Trukikaitis_Postimees, lk 64
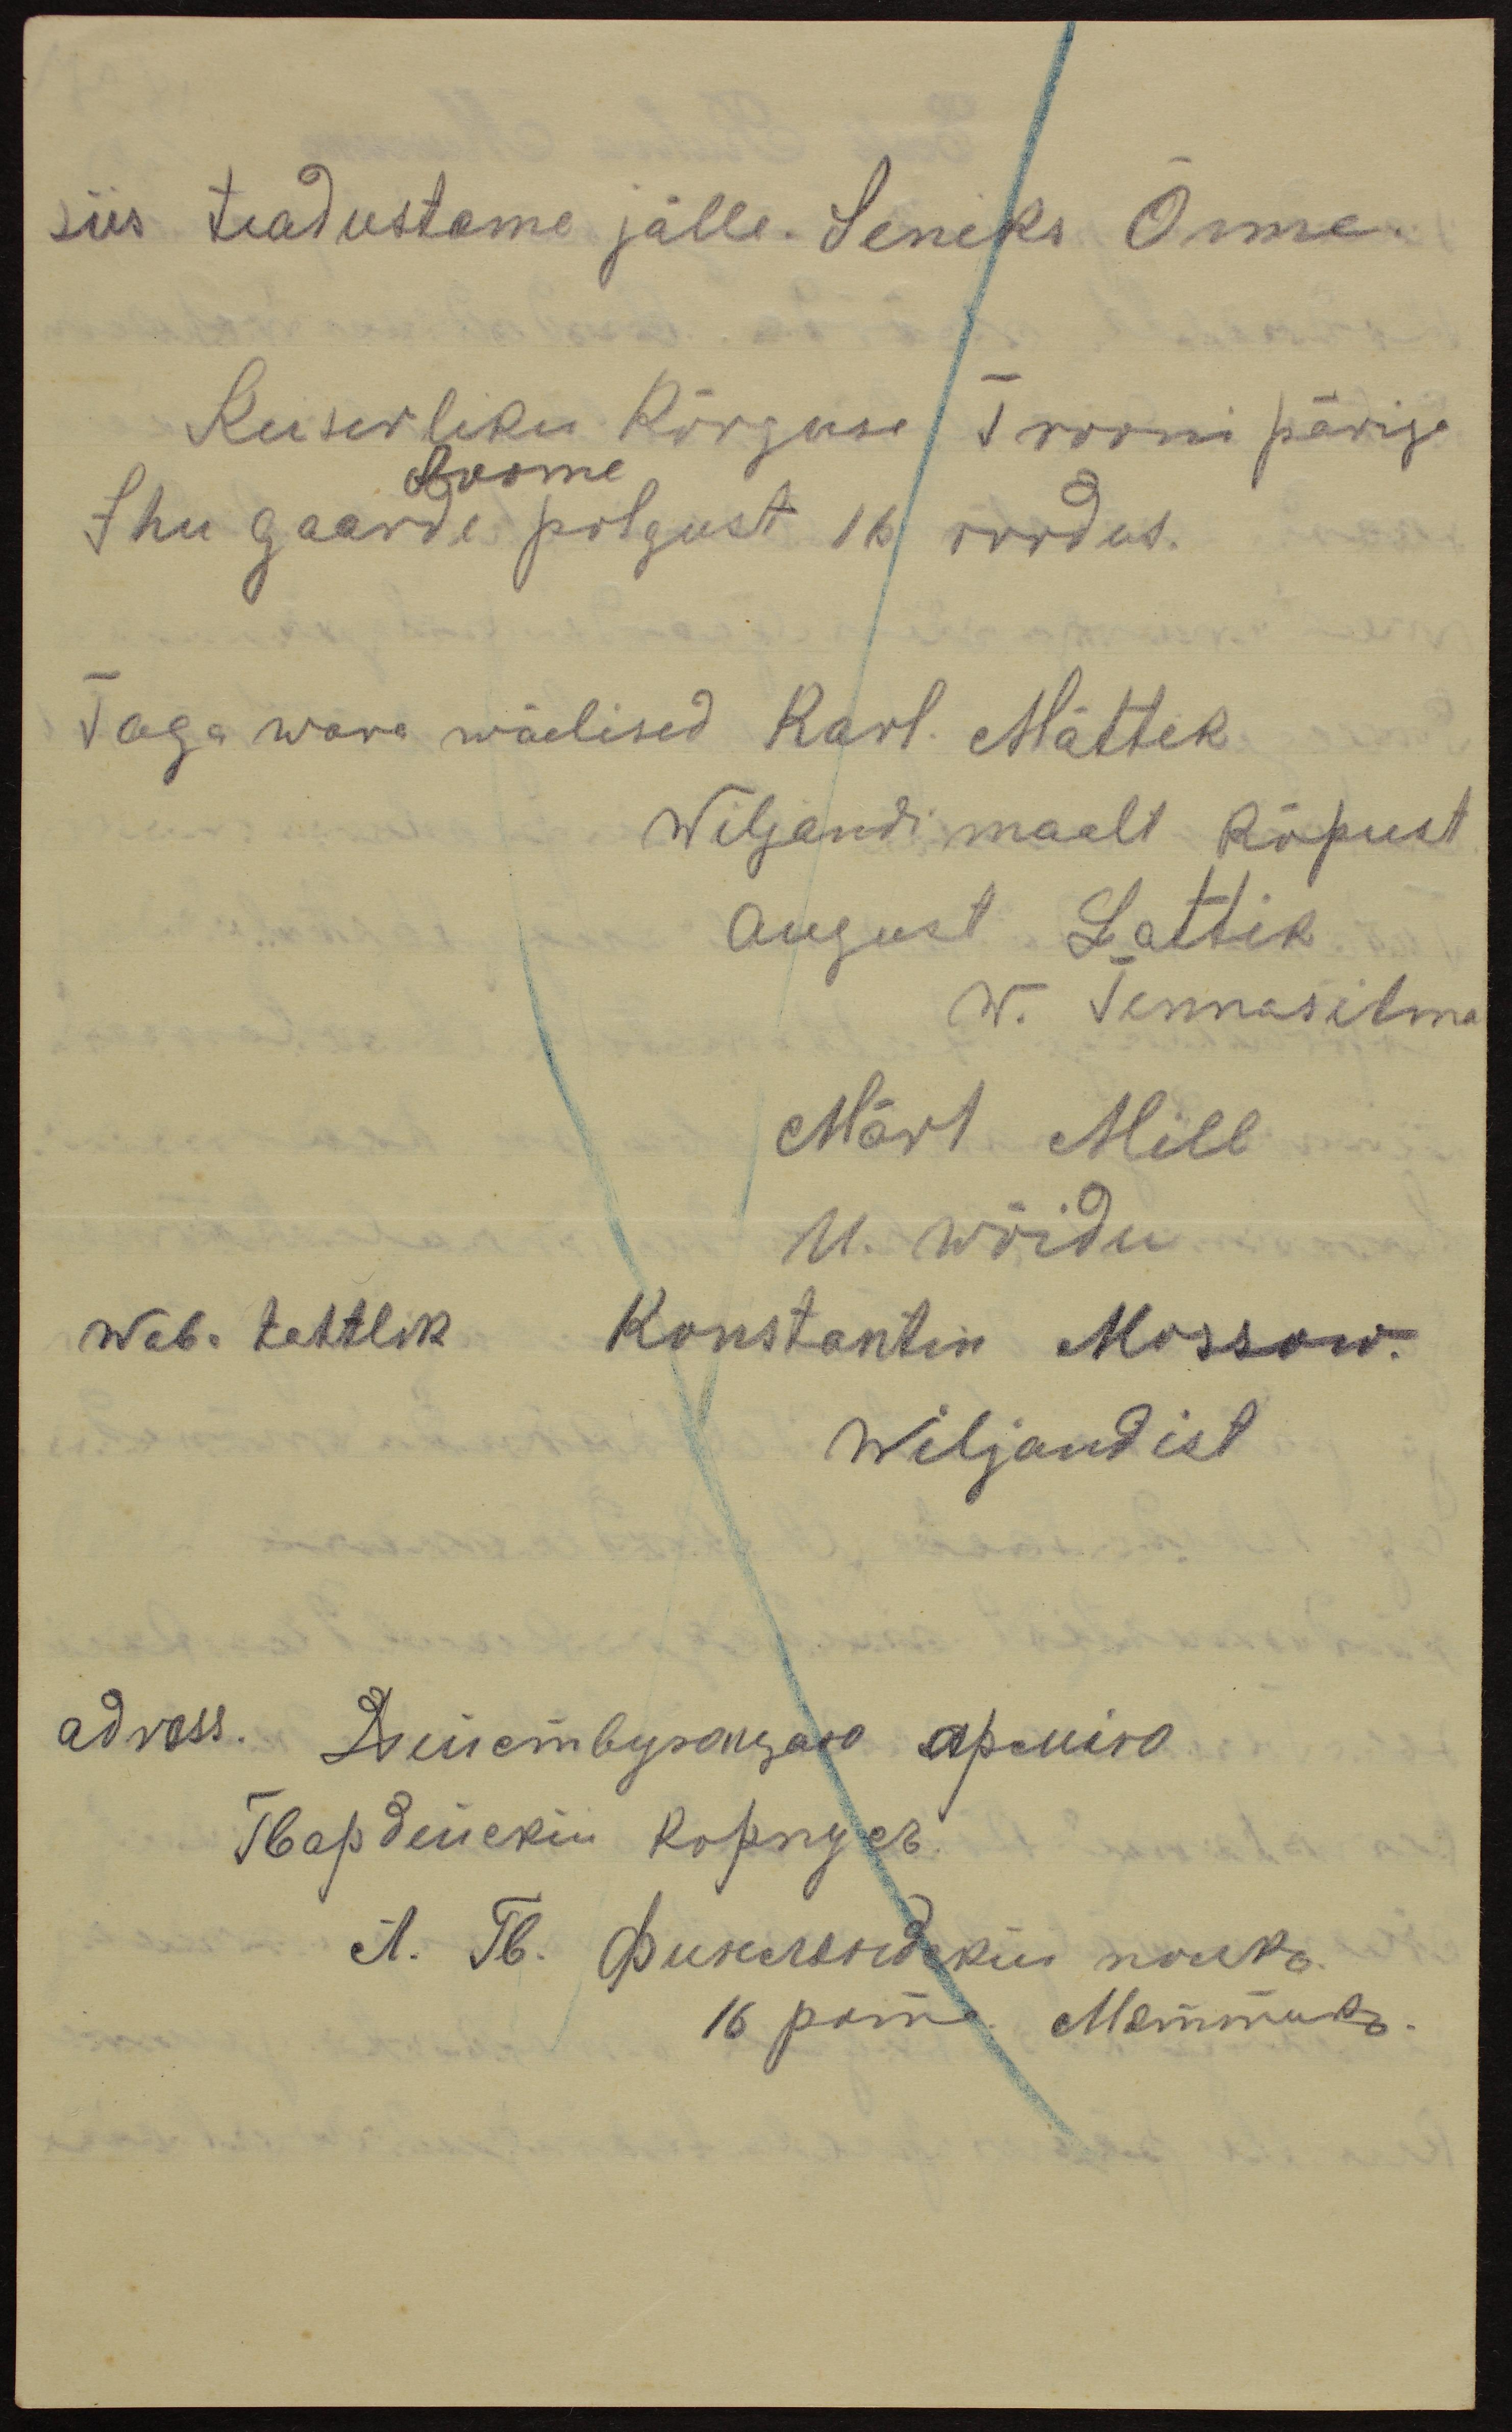
siis teadustame jälle. Seniks Õnne.
Keiserliku Kõrguse Trooni pärija
Soome
Ihu gaarde polgust 16 roodus.
Taga wara wäelised Karl. Mättik
Wiljandi maalt Kõpust
August Lattik
W. Tennasilma
Märt Mill
U. Wõidu
wab. tahtlik Konstantin Mossow.
Wiljandist